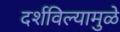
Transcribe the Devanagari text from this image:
दर्शविल्यामुळे